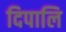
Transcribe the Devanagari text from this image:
दिपालि